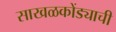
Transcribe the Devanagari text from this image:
साखळकोंड्याची